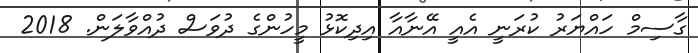
ގާސިމް ހައްޔަރު ކުރަނީ އެއީ އޭނާއާ އިދިކޮޅު މީހުންގެ ދުވަސް ދުއްވާލަން. 2018